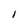
Character: 1